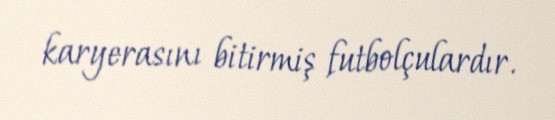
karyerasını bitirmiş futbolçulardır.